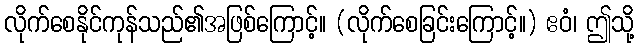
လိုက်စေနိုင်ကုန်သည်၏အဖြစ်ကြောင့်။ (လိုက်စေခြင်းကြောင့်။) ဧဝံ၊ ဤသို့